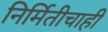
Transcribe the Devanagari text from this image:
निर्मितीचाही